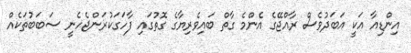
އިންޑިއާ އަކީ އަބަދުވެސް ރާއްޖޭގެ އެންމެ ގާތް ބައިވެރިޔާގެ ގޮތުގައި ފާހަގަކުރަންޖެހެނީ ސަބަބުތަކެއް